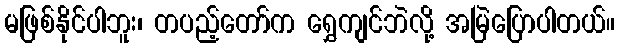
မဖြစ်နိုင်ပါဘူး၊ တပည့်တော်က ရွှေကျင်ဘဲလို့ အမြဲပြောပါတယ်။